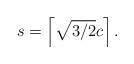
LaTeX: \begin{align*}s = \left\lceil \sqrt{3/2} c \right\rceil.\end{align*}